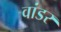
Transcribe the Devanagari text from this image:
वांडर